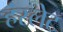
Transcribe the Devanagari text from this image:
हंस्लेट